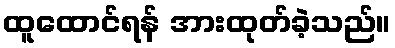
ထူထောင်ရန် အားထုတ်ခဲ့သည်။